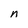
Character: n